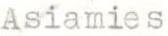
Asiamies